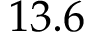
1 3 . 6